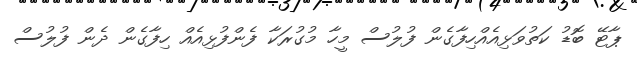
ޕާޓޭ ބޮޑު ކަތުވަޅިއެއްހިފާގެން ފުލުސް މީހާ މުގުރަކާ ފެންފުޅިއެއް ހިފާގެން ދެން ފުލުސް